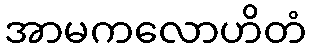
အာမကလောဟိတံ